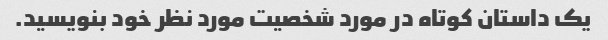
یک داستان کوتاه در مورد شخصیت مورد نظر خود بنویسید.